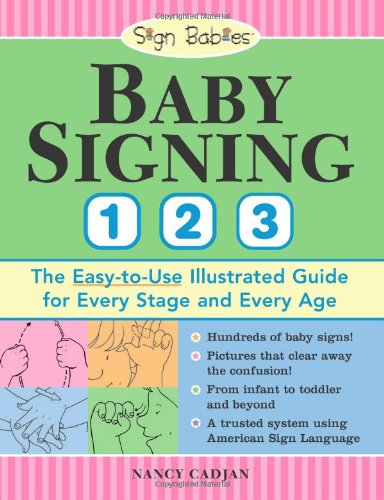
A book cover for Baby Signing 1-2-3: The Easy-to-Use Illustrated Guide for Every Stage and Every Age; Nancy Cadjan; Reference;